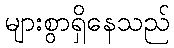
များစွာရှိနေသည်